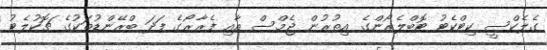
ގެލެކްސީ ކިޓްކެޓު ޓޮބްލެރޯންގެ އިތުރުން ޖެމްސް އާއި ފެރާރޯގެ ފަދަ ބްރޭންޑުތަކުުގެ ޗޮކުލެޓު